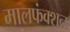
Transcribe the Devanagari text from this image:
मालफंक्शन